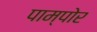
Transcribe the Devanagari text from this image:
पाम्पोर